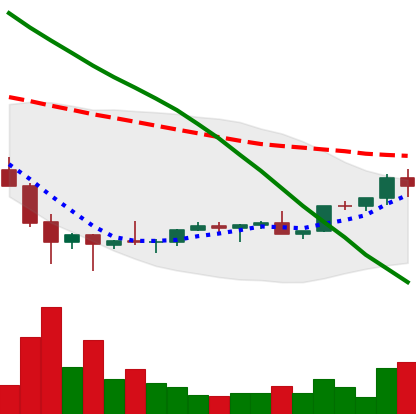
Ticker: EOS-USD
Chart end date: 2022-02-08
Forward return: -9.26%
Label: down_7plus